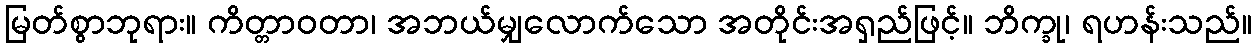
မြတ်စွာဘုရား။ ကိတ္တာဝတာ၊ အဘယ်မျှလောက်သော အတိုင်းအရှည်ဖြင့်။ ဘိက္ခု၊ ရဟန်းသည်။